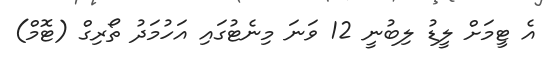
އެ ޓީމަށް ލީޑު ލިބުނީ 12 ވަނަ މިނެޓުގައި އަހުމަދު ތޯރިގް (ޓޮމް)